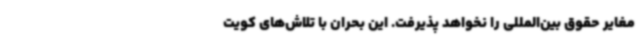
مغایر حقوق بین‌المللی را نخواهد پذیرفت. این بحران با تلاش‌های کویت